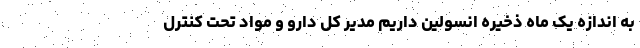
به اندازه یک ماه ذخیره انسولین داریم مدیر کل دارو و مواد تحت کنترل